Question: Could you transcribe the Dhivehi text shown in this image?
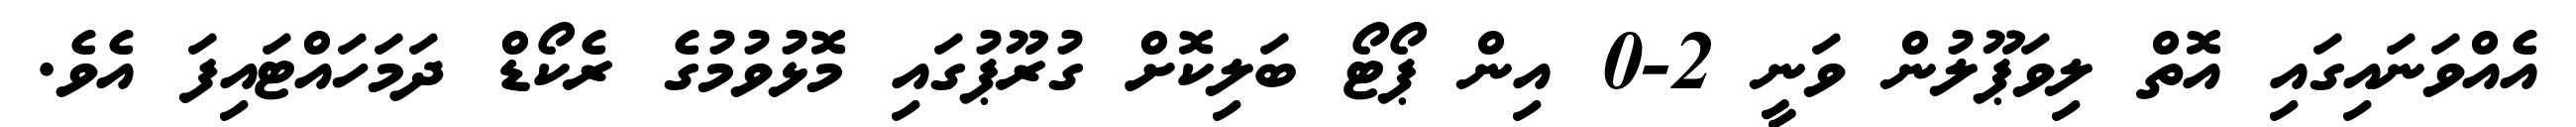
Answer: އެއްވަނައިގައި އޮތް ލިވަޕޫލުން ވަނީ 2-0 އިން ޕޯޓޯ ބަލިކޮށް ގުރޫޕުގައި މޮޅުވުމުގެ ރެކޯޑް ދަމަހައްޓައިފަ އެވެ.